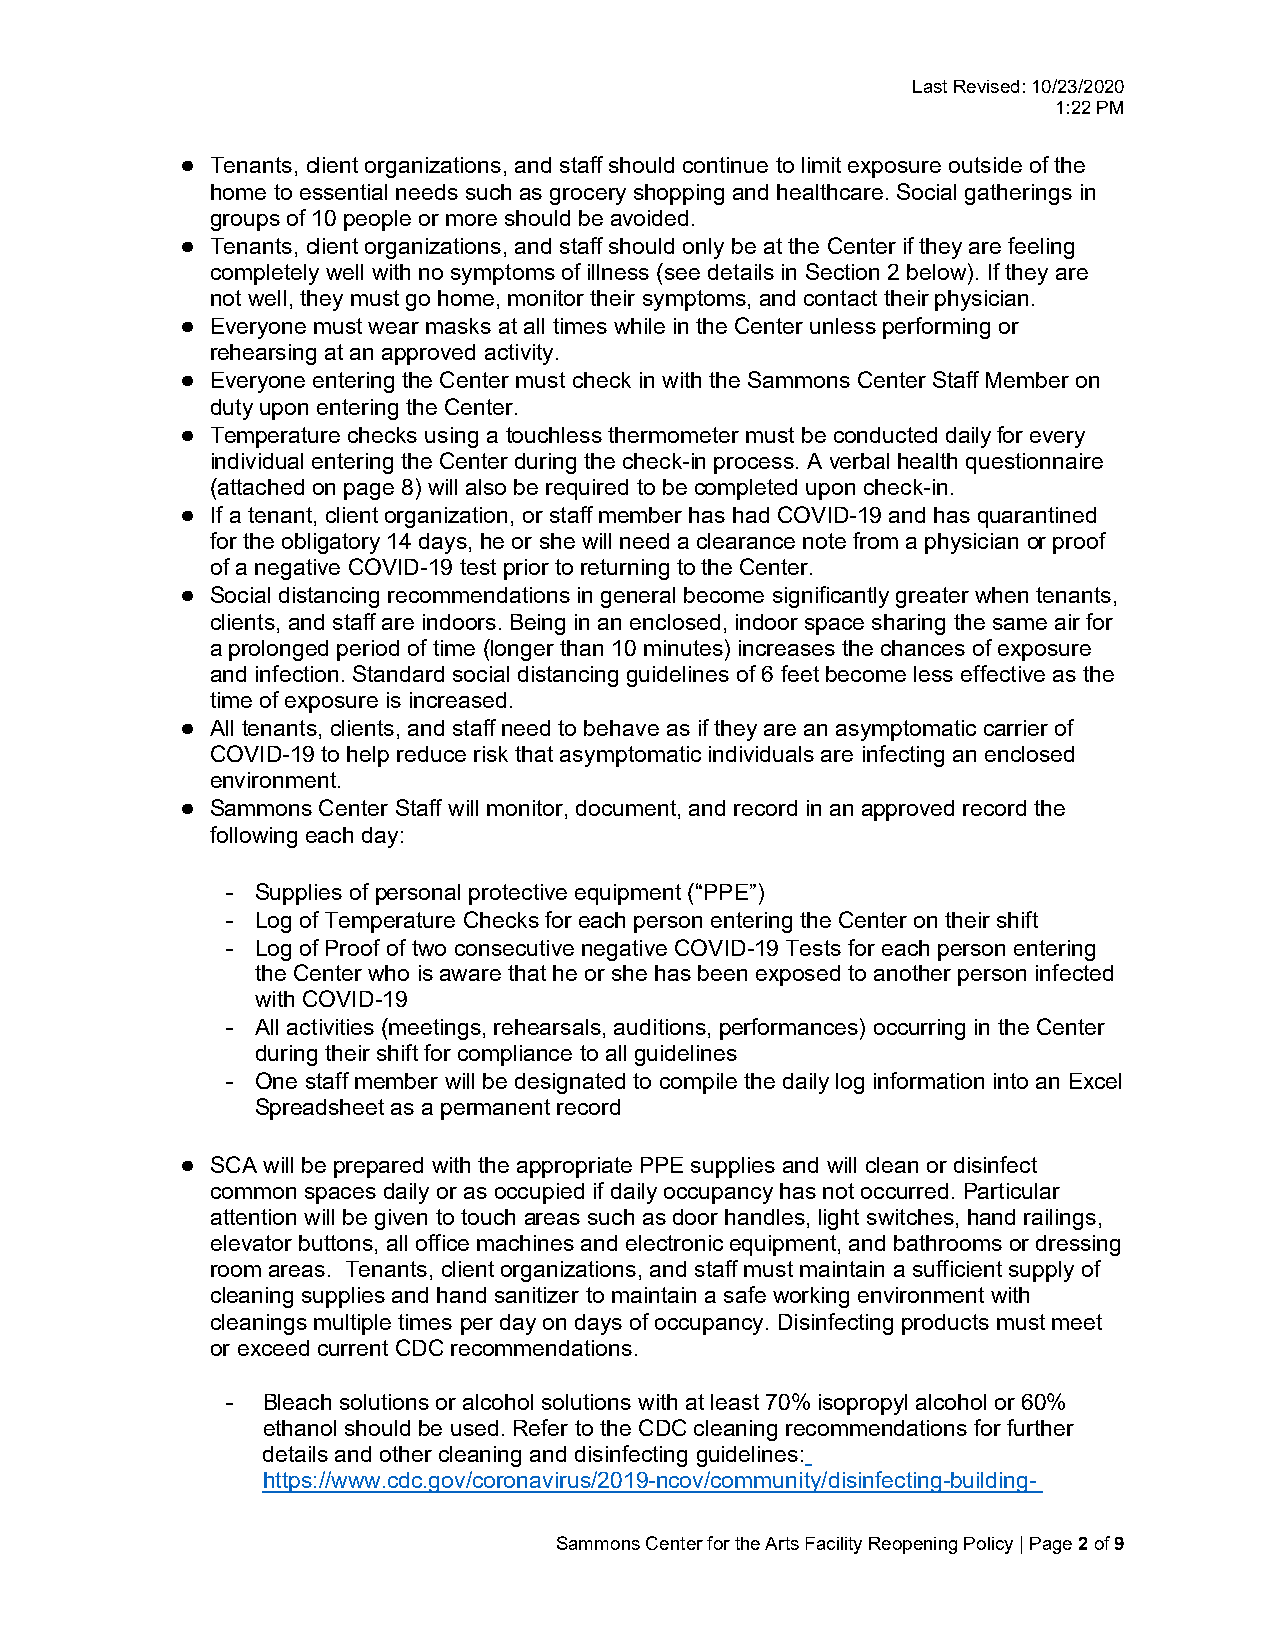
Last Revised: 10/23/2020
 1:22 PM
 ● Tenants, client organizations, and staff should continue to limit exposure outside of the
 home to essential needs such as grocery shopping and healthcare. Social gatherings in
 groups of 10 people or more should be avoided.
 ● Tenants, client organizations, and staff should only be at the Center if they are feeling
 completely well with no symptoms of illness (see details in Section 2 below). If they are
 not well, they must go home, monitor their symptoms, and contact their physician.
 ● Everyone must wear masks at all times while in the Center unless performing or
 rehearsing at an approved activity.
 ● Everyone entering the Center must check in with the Sammons Center Staff Member on
 duty upon entering the Center.
 ● Temperature checks using a touchless thermometer must be conducted daily for every
 individual entering the Center during the check-in process. A verbal health questionnaire
 (attached on page 8) will also be required to be completed upon check-in.
 ● If a tenant, client organization, or staff member has had COVID-19 and has quarantined
 for the obligatory 14 days, he or she will need a clearance note from a physician or proof
 of a negative COVID-19 test prior to returning to the Center.
 ● Social distancing recommendations in general become significantly greater when tenants,
 clients, and staff are indoors. Being in an enclosed, indoor space sharing the same air for
 a prolonged period of time (longer than 10 minutes) increases the chances of exposure
 and infection. Standard social distancing guidelines of 6 feet become less effective as the
 time of exposure is increased.
 ● All tenants, clients, and staff need to behave as if they are an asymptomatic carrier of
 COVID-19 to help reduce risk that asymptomatic individuals are infecting an enclosed
 environment.
 ● Sammons Center Staff will monitor, document, and record in an approved record the
 following each day:
 - Supplies of personal protective equipment (“PPE”)
 - Log of Temperature Checks for each person entering the Center on their shift
 - Log of Proof of two consecutive negative COVID-19 Tests for each person entering
 the Center who is aware that he or she has been exposed to another person infected
 with COVID-19
 - All activities (meetings, rehearsals, auditions, performances) occurring in the Center
 during their shift for compliance to all guidelines
 - One staff member will be designated to compile the daily log information into an Excel
 Spreadsheet as a permanent record
 ● SCA will be prepared with the appropriate PPE supplies and will clean or disinfect
 common spaces daily or as occupied if daily occupancy has not occurred. Particular
 attention will be given to touch areas such as door handles, light switches, hand railings,
 elevator buttons, all office machines and electronic equipment, and bathrooms or dressing
 room areas. Tenants, client organizations, and staff must maintain a sufficient supply of
 cleaning supplies and hand sanitizer to maintain a safe working environment with
 cleanings multiple times per day on days of occupancy. Disinfecting products must meet
 or exceed current CDC recommendations.
 - Bleach solutions or alcohol solutions with at least 70% isopropyl alcohol or 60%
 ethanol should be used. Refer to the CDC cleaning recommendations for further
 details and other cleaning and disinfecting guidelines:
 https://www.cdc.gov/coronavirus/2019-ncov/community/disinfecting-building-
 Sammons Center for the Arts Facility Reopening Policy | Page 2 of 9